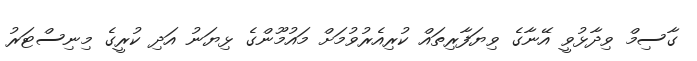
ގާސިމް ވިދާޅުވީ އޭނާގެ ވިޔަފާރިތައް ކުރިއެރުވުމަށް މައުމޫންގެ ޅިޔަނު އަދި ކުރީގެ މިނިސްޓަރު